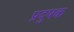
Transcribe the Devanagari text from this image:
प्रदुषक